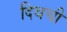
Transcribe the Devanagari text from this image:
दिवची